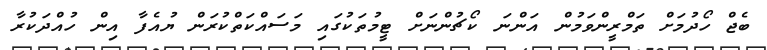
ބެޖް ހޯދުމަށް ތަމްރީންވަމުން އަންނަ ކޯޗުންނަށް ޓީމުތަކުގައި މަސައްކަތްކުރަން ޔުއެފާ އިން ހުއްދަކުރާ